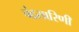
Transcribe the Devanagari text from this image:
चंद्रसारिणी